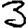
Digit: 3